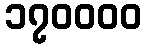
၁၇၀၀၀၀